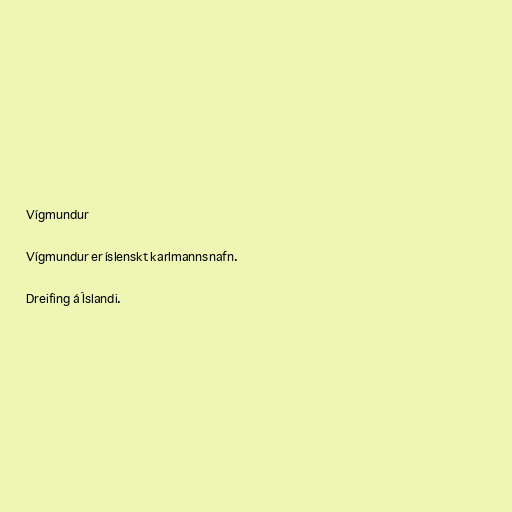
Vígmundur

Vígmundur er íslenskt karlmannsnafn.

Dreifing á Íslandi.